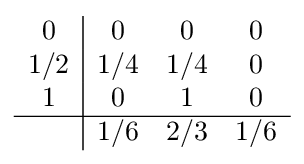
{\begin{array}{c|ccc}0&0&0&0\\1/2&1/4&1/4&0\\1&0&1&0\\\hline &1/6&2/3&1/6\\\end{array}}